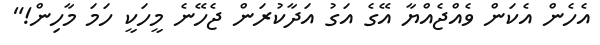
އެހެން އެކަން ވެއްޖެއްޔާ އޭގެ އަގު އަދާކުރަން ޖެހޭނެ މީހަކީ ހަމަ މާހިން!"